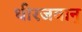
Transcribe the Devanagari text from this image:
धीरजवान्